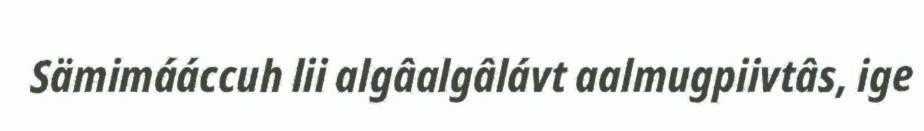
Sämimááccuh lii algâalgâlávt aalmugpiivtâs, ige